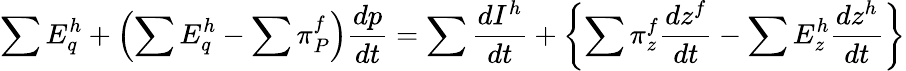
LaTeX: \sum E_{q}^{h}+\left(\sum E_{q}^{h}-\sum\pi_{P}^{f}\right){\frac{dp}{dt}}=\sum{\frac{dI^{h}}{dt}}+\left\{ \sum\pi_{z}^{f}{\frac{dz^{f}}{dt}}-\sum E_{z}^{h}{\frac{dz^{h}}{dt}}\right\}